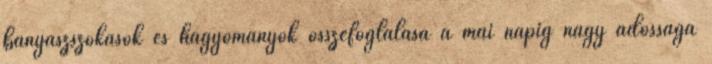
bányászszokások és hagyományok összefoglalása a mai napig nagy adóssága